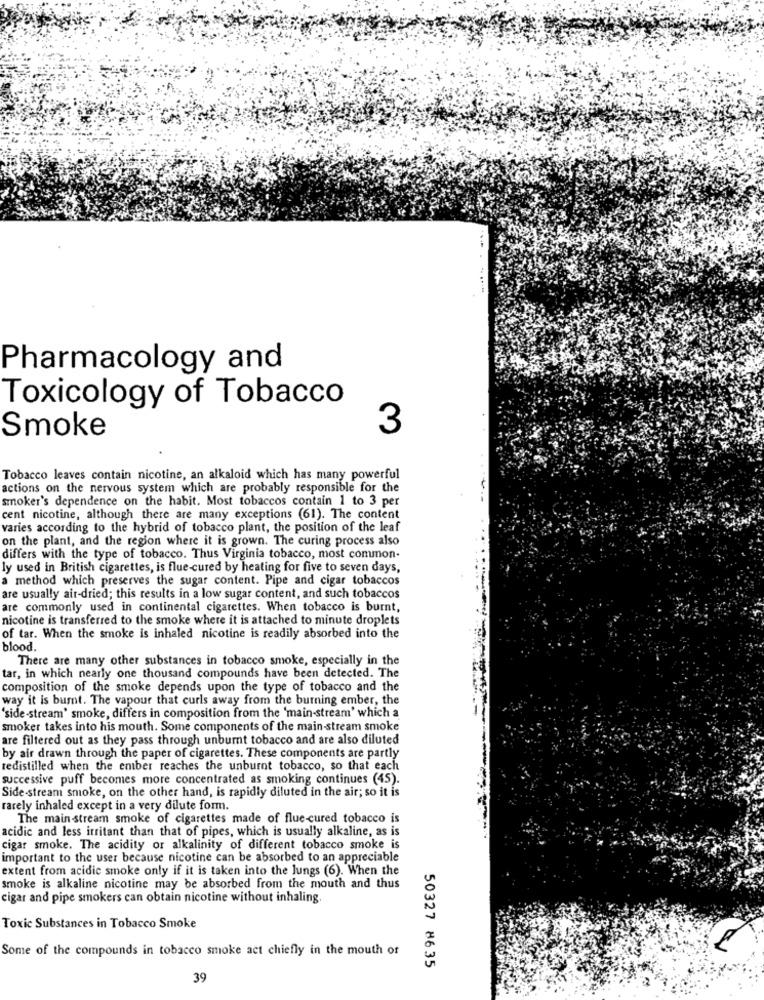
Pharmacology and
Toxicology of Tobacco
3
Smoke
Tobacco leaves contain nicotine, an alkaloid which has many powerful
actions on the nervous system which are probably responsible for the
smoker's dependence on the habit. Most tobaccos contain 1 to 3 per
cent nicotine, although there are many exceptions (61). The content
varies according to the hybrid of tobacco plant, the position of the leaf
on the plant, and the region where it is grown. The curing process also
differs with the type of tobacco. Thus Virginia tobacco, most common-
ly used in British cigarettes, is flue-cured by heating for five to seven days,
a method which preserves the sugar content. Pipe and cigar tobaccos
are usually air-dried; this results in a low sugar content, and such tobaccos
are commonly used in continental cigarettes. When tobacco is burnt,
nicotine is transferred to the smoke where it is attached to minute droplets
of tar. When the smoke is inhaled nicotine is readily absorbed into the
blood.
There are many other substances in tobacco smoke, especially in the
tar, in which nearly one thousand compounds have been detected. The
composition of the smoke depends upon the type of tobacco and the
way it is burnt. The vapour that curls away from the burning ember, the
'side-stream' smoke, differs in composition from the 'main-stream' which a
smoker takes into his mouth. Some components of the main-stream smoke
are filtered out as they pass through unburnt tobacco and are also diluted
by air drawn through the paper of cigarettes. These components are partly
tedistilled when the ember reaches the unburnt tobacco, so that each
successive puff becomes more concentrated as smoking continues (45).
Side-stream smoke, on the other hand, is rapidly diluted in the air; so it is
rarely inhaled except in a very dilute form.
The main-stream smoke of cigarettes made of flue-cured tobacco is
acidic and less irritant than that of pipes, which is usually alkaline, as is
cigar smoke. The acidity or alkalinity of different tobacco smoke is
important to the user because nicotine can be absorbed to an appreciable
extent from acidic smoke only if it is taken into the lungs (6). When the
smoke is alkaline nicotine may be absorbed from the mouth and thus
cigar and pipe smokers can obtain nicotine without inhaling.
Toxic Substances in Tobacco Smoke
Some of the compounds in tobacco smoke act chiefly in the mouth of
50327 8635
39